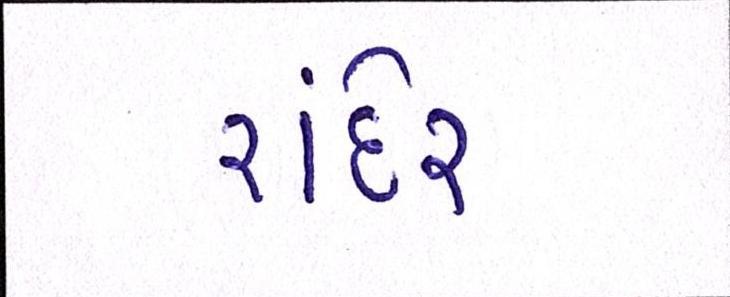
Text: રાંદેર